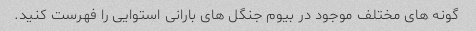
گونه های مختلف موجود در بیوم جنگل های بارانی استوایی را فهرست کنید.